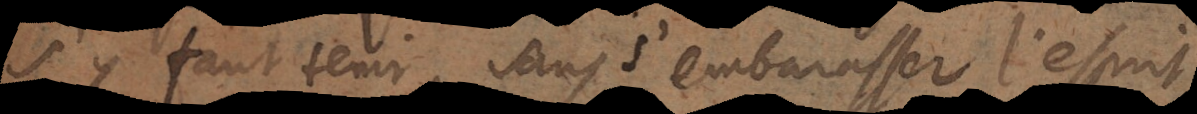
s’y faut tenir, sans s’embarrasser l’esprit